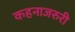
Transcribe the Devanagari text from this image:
कहनाजरुरी